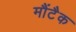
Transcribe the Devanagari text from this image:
मौंटैक